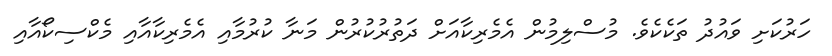
ހަރުކަށި ވައުދު ތަކެކެވެ. މުސްލިމުން އެމެރިކާއަށް ދަތުރުކުރުން މަނާ ކުރުމާއި އެމެރިކާއާއި މެކްސިކޯއާއި